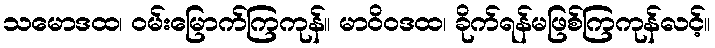
သမောဒထ၊ ဝမ်းမြောက်ကြကုန်။ မာဝိဝဒထ၊ ခိုက်ရန်မဖြစ်ကြကုန်လင့်။